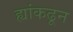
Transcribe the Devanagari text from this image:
ह्यांकढून